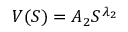
V ( S ) = A _ { 2 } S ^ { \lambda _ { 2 } }